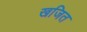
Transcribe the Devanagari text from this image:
खजित